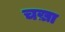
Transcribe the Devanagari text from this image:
चख़ा